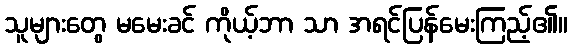
သူများတွေ မမေးခင် ကိုယ့်ဘာ သာ အရင်ပြန်မေးကြည့်၏။